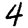
Digit: 4